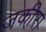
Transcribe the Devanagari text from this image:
जकीरा